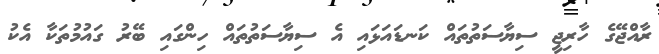
ރާއްޖޭގެ ހާރިޖީ ސިޔާސަތުތައް ކަނޑައަޅައި އެ ސިޔާސަތުތައް ހިންގައި ބޭރު ގައުމުތަކާ އެކު